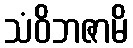
သံဝိဘဇာမိ